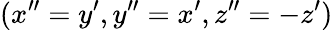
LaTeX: (x^{\prime\prime}=y^{\prime},y^{\prime\prime}=x^{\prime},z^{\prime\prime}=-z^{\prime})